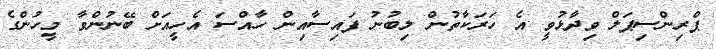
ޕްރިންސިޕަލް ވިދާޅުވީ އެ ހަރަކާތުން ލިބުނު ފައިސާއިން ހާއްސަ އެހީއަށް ބޭނުންވާ މީހުންގެ